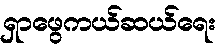
ရှာဖွေကယ်ဆယ်ရေး